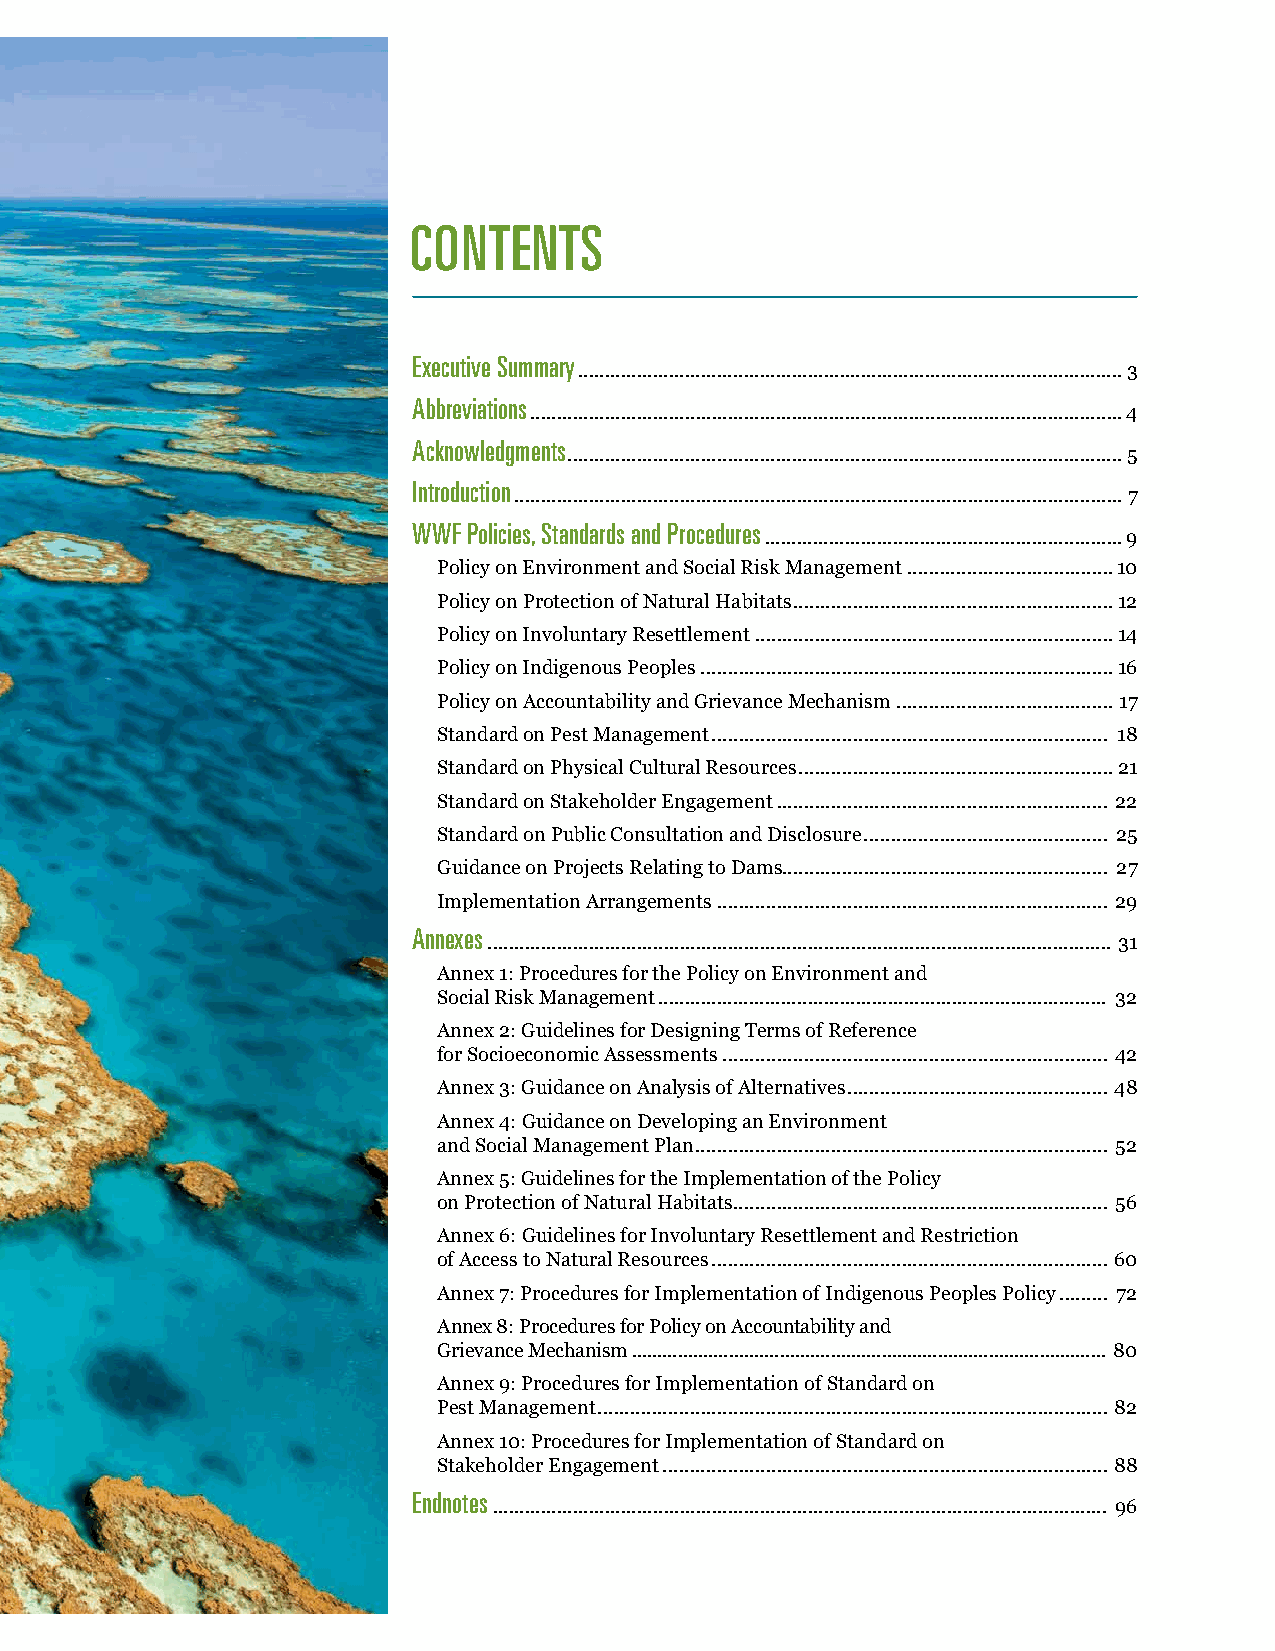
CONTENTS
 Executive Summary
 ...................................................................................................... 3
 Abbreviations
 ............................................................................................................... 4
 Acknowledgments
 ........................................................................................................ 5
 Introduction
 .................................................................................................................. 7
 WWF Policies, Standards and Procedures
 ...................................................................9
 Policy on Environment and Social Risk Management ......................................10
 Policy on Protection of Natural Habitats ...........................................................12
 Policy on Involuntary Resettlement ..................................................................14
 Policy on Indigenous Peoples ............................................................................16
 Policy on Accountability and Grievance Mechanism ........................................ 17
 Standard on Pest Management ......................................................................... 18
 Standard on Physical Cultural Resources ..........................................................21
 Standard on Stakeholder Engagement ............................................................. 22
 Standard on Public Consultation and Disclosure ............................................. 25
 Guidance on Projects Relating to Dams............................................................ 27
 Implementation Arrangements ........................................................................ 29
 Annexes
 ..................................................................................................................... 31
 Annex 1: Procedures for the Policy on Environment and
 Social Risk Management .................................................................................... 32
 Annex 2: Guidelines for Designing Terms of Reference
 for Socioeconomic Assessments ....................................................................... 42
 Annex 3: Guidance on Analysis of Alternatives ................................................ 48
 Annex 4: Guidance on Developing an Environment
 and Social Management Plan ............................................................................ 52
 Annex 5: Guidelines for the Implementation of the Policy
 on Protection of Natural Habitats ..................................................................... 56
 Annex 6: Guidelines for Involuntary Resettlement and Restriction
 of Access to Natural Resources ......................................................................... 60
 Annex 7: Procedures for Implementation of Indigenous Peoples Policy ......... 72
 Annex 8: Procedures for Policy on Accountability and
 Grievance Mechanism ............................................................................................. 80
 Annex 9: Procedures for Implementation of Standard on
 Pest Management .............................................................................................. 82
 Annex 10: Procedures for Implementation of Standard on
 Stakeholder Engagement .................................................................................. 88
 Endnotes
 ................................................................................................................... 96